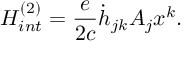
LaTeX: H _ { i n t } ^ { ( 2 ) } = \frac { e } { 2 c } \dot { h } _ { j k } A _ { j } x ^ { k } .